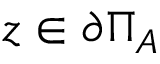
z \in \partial \Pi _ { A }